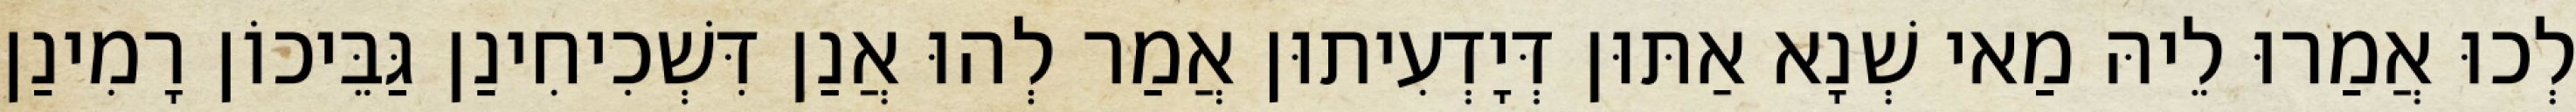
לְכוּ אֲמַרוּ לֵיהּ מַאי שְׁנָא אַתּוּן דְּיָדְעִיתוּן אֲמַר לְהוּ אֲנַן דִּשְׁכִיחִינַן גַּבֵּיכוֹן רָמִינַן